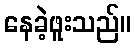
နေခဲ့ဖူးသည်။